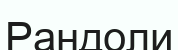
Рандоли